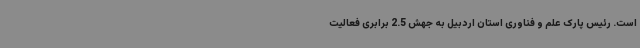
است. رئیس پارک علم و فناوری استان اردبیل به جهش 2.5 برابری فعالیت